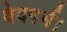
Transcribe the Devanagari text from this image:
वेदगर्भ।